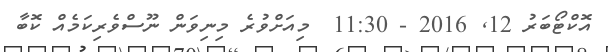
އޮކްޓޯބަރު 12